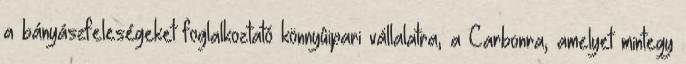
a bányászfeleségeket foglalkoztató könnyûipari vállalatra, a Carbonra, amelyet mintegy